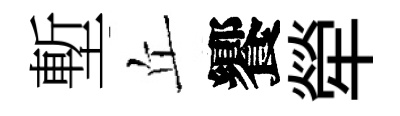
塹丘饗犖